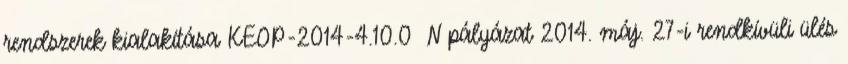
rendszerek kialakítása KEOP-2014-4.10.0 N pályázat 2014. máj. 27-i rendkívüli ülés